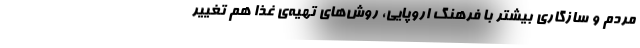
مردم و سازگاری بیشتر با فرهنگ اروپایی، روش‌های تهیه‌ی غذا هم تغییر